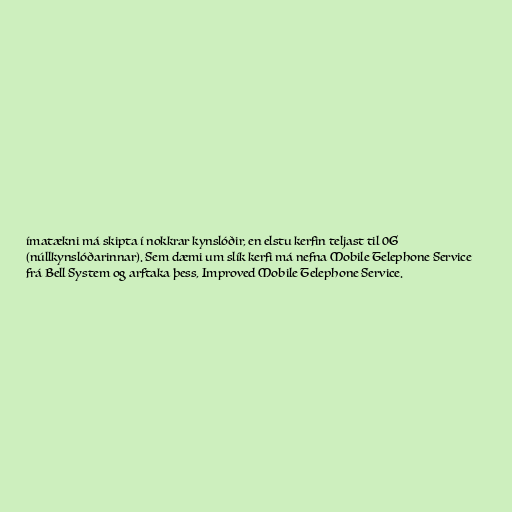
ímatækni má skipta í nokkrar kynslóðir, en elstu kerfin teljast til 0G
(núllkynslóðarinnar). Sem dæmi um slík kerfi má nefna Mobile Telephone Service
frá Bell System og arftaka þess, Improved Mobile Telephone Service.